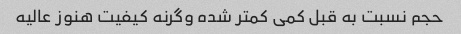
حجم نسبت به قبل کمی کمتر شده وگرنه کیفیت هنوز عالیه